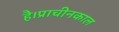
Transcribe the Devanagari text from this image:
है।प्राचीनकाल